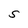
Character: S